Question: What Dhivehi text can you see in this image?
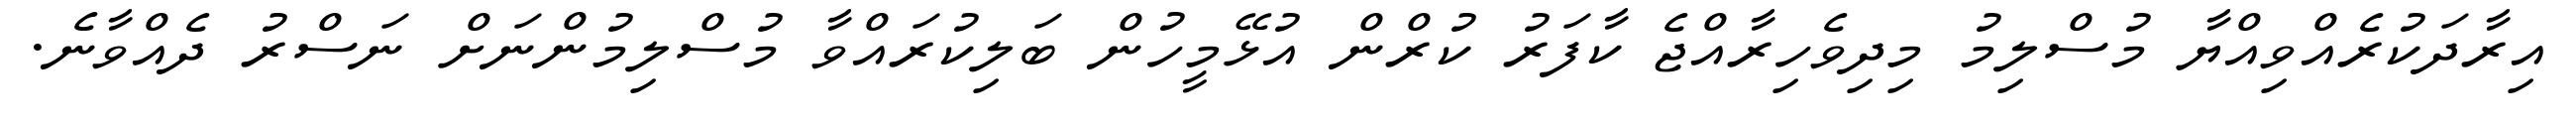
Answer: އިރާދަކުރެއްވިއްޔާ މުސްލިމު މިދިވެހިރާއްޖެ ކާފަރު ކުރްން އުޅޭމީހުން ބަލިކުރައްވާ މުސްލިމުންނަށް ނަސްރު ދެއްވާނެ.